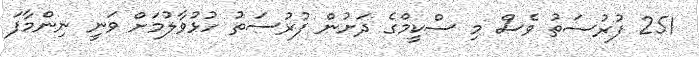
251 ފުރުސަތު ވެސް މި ސްކީމްގެ ދަށުން ފުރުސަތު ހުޅުވާލުމަށް ވަނީ ނިންމާފަ